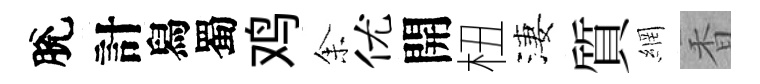
脫計舄蜀鸡𪜬优開杻淒質網香